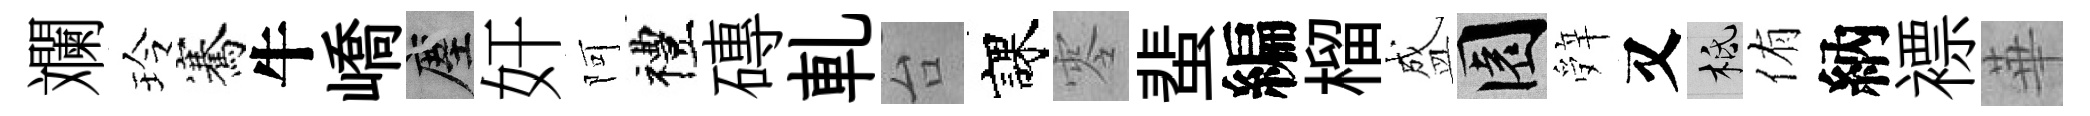
斕玲騫牛嶠塵奸阿禮磚軋台課零蜚編榴盛園辤又柢侑納褾華